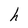
Character: h